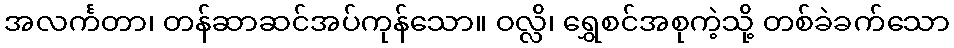
အလင်္ကတာ၊ တန်ဆာဆင်အပ်ကုန်သော။ ဝလ္လိ၊ ရွှေစင်အစုကဲ့သို့ တစ်ခဲခက်သော